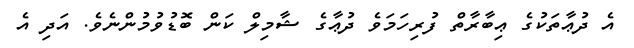
އެ ދުޢާތަކުގެ ޢިބާރާތް ފުރިހަމަވެ ދުޢާގެ ޝާމިލް ކަން ބޮޑުވުމުންނެވެ. އަދި އެ